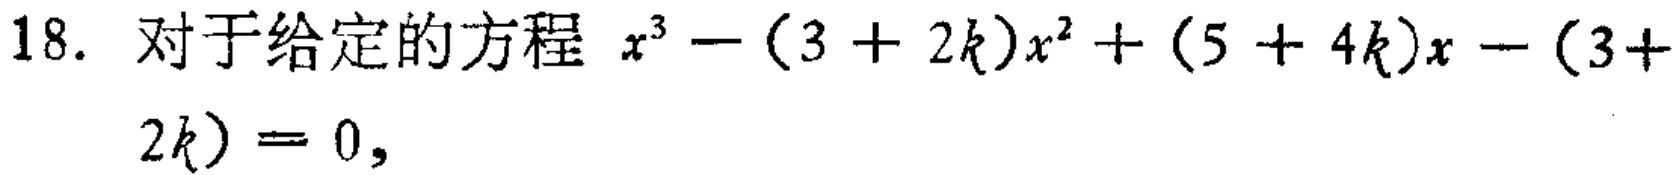
18. 对于给定的方程 \(x^{3}-(3 + 2k)x^{2}+(5 + 4k)x-(3 + 2k)=0\)，